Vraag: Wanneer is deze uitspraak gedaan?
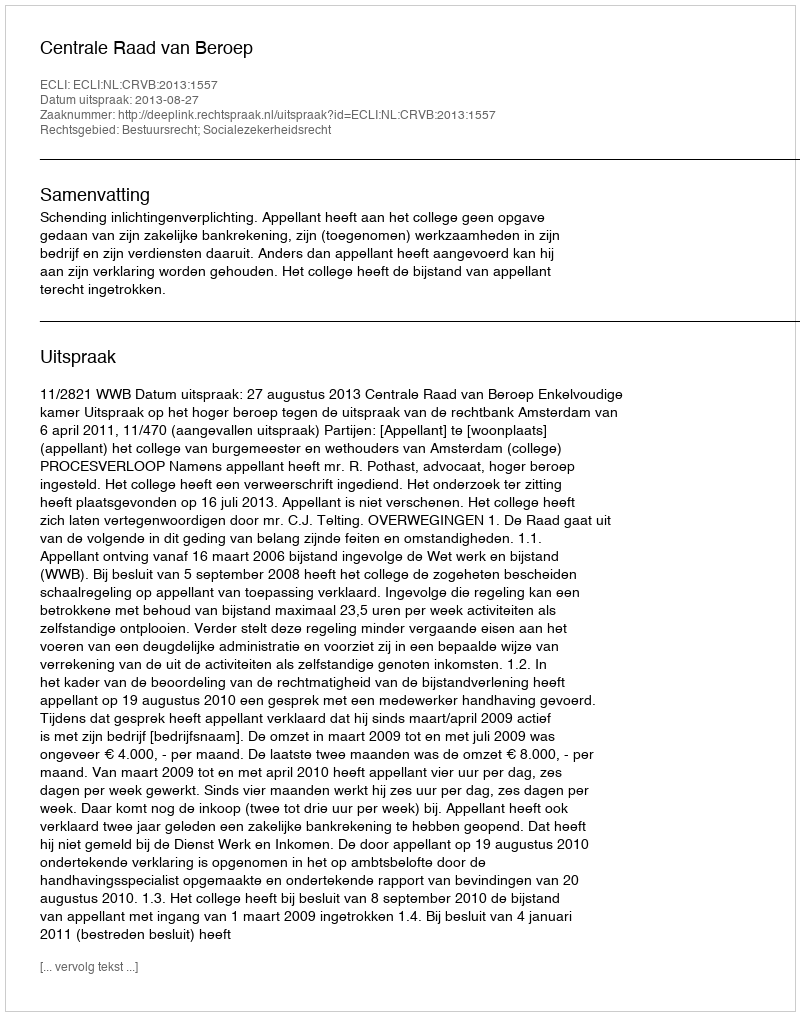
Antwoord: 2013-08-27